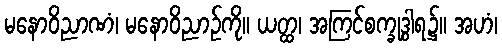
မနောဝိညာဏံ၊ မနောဝိညာဉ်ကို။ ယတ္ထ၊ အကြင်စက္ခုဒွါရ၌။ အဟံ၊